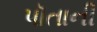
પૉતાની